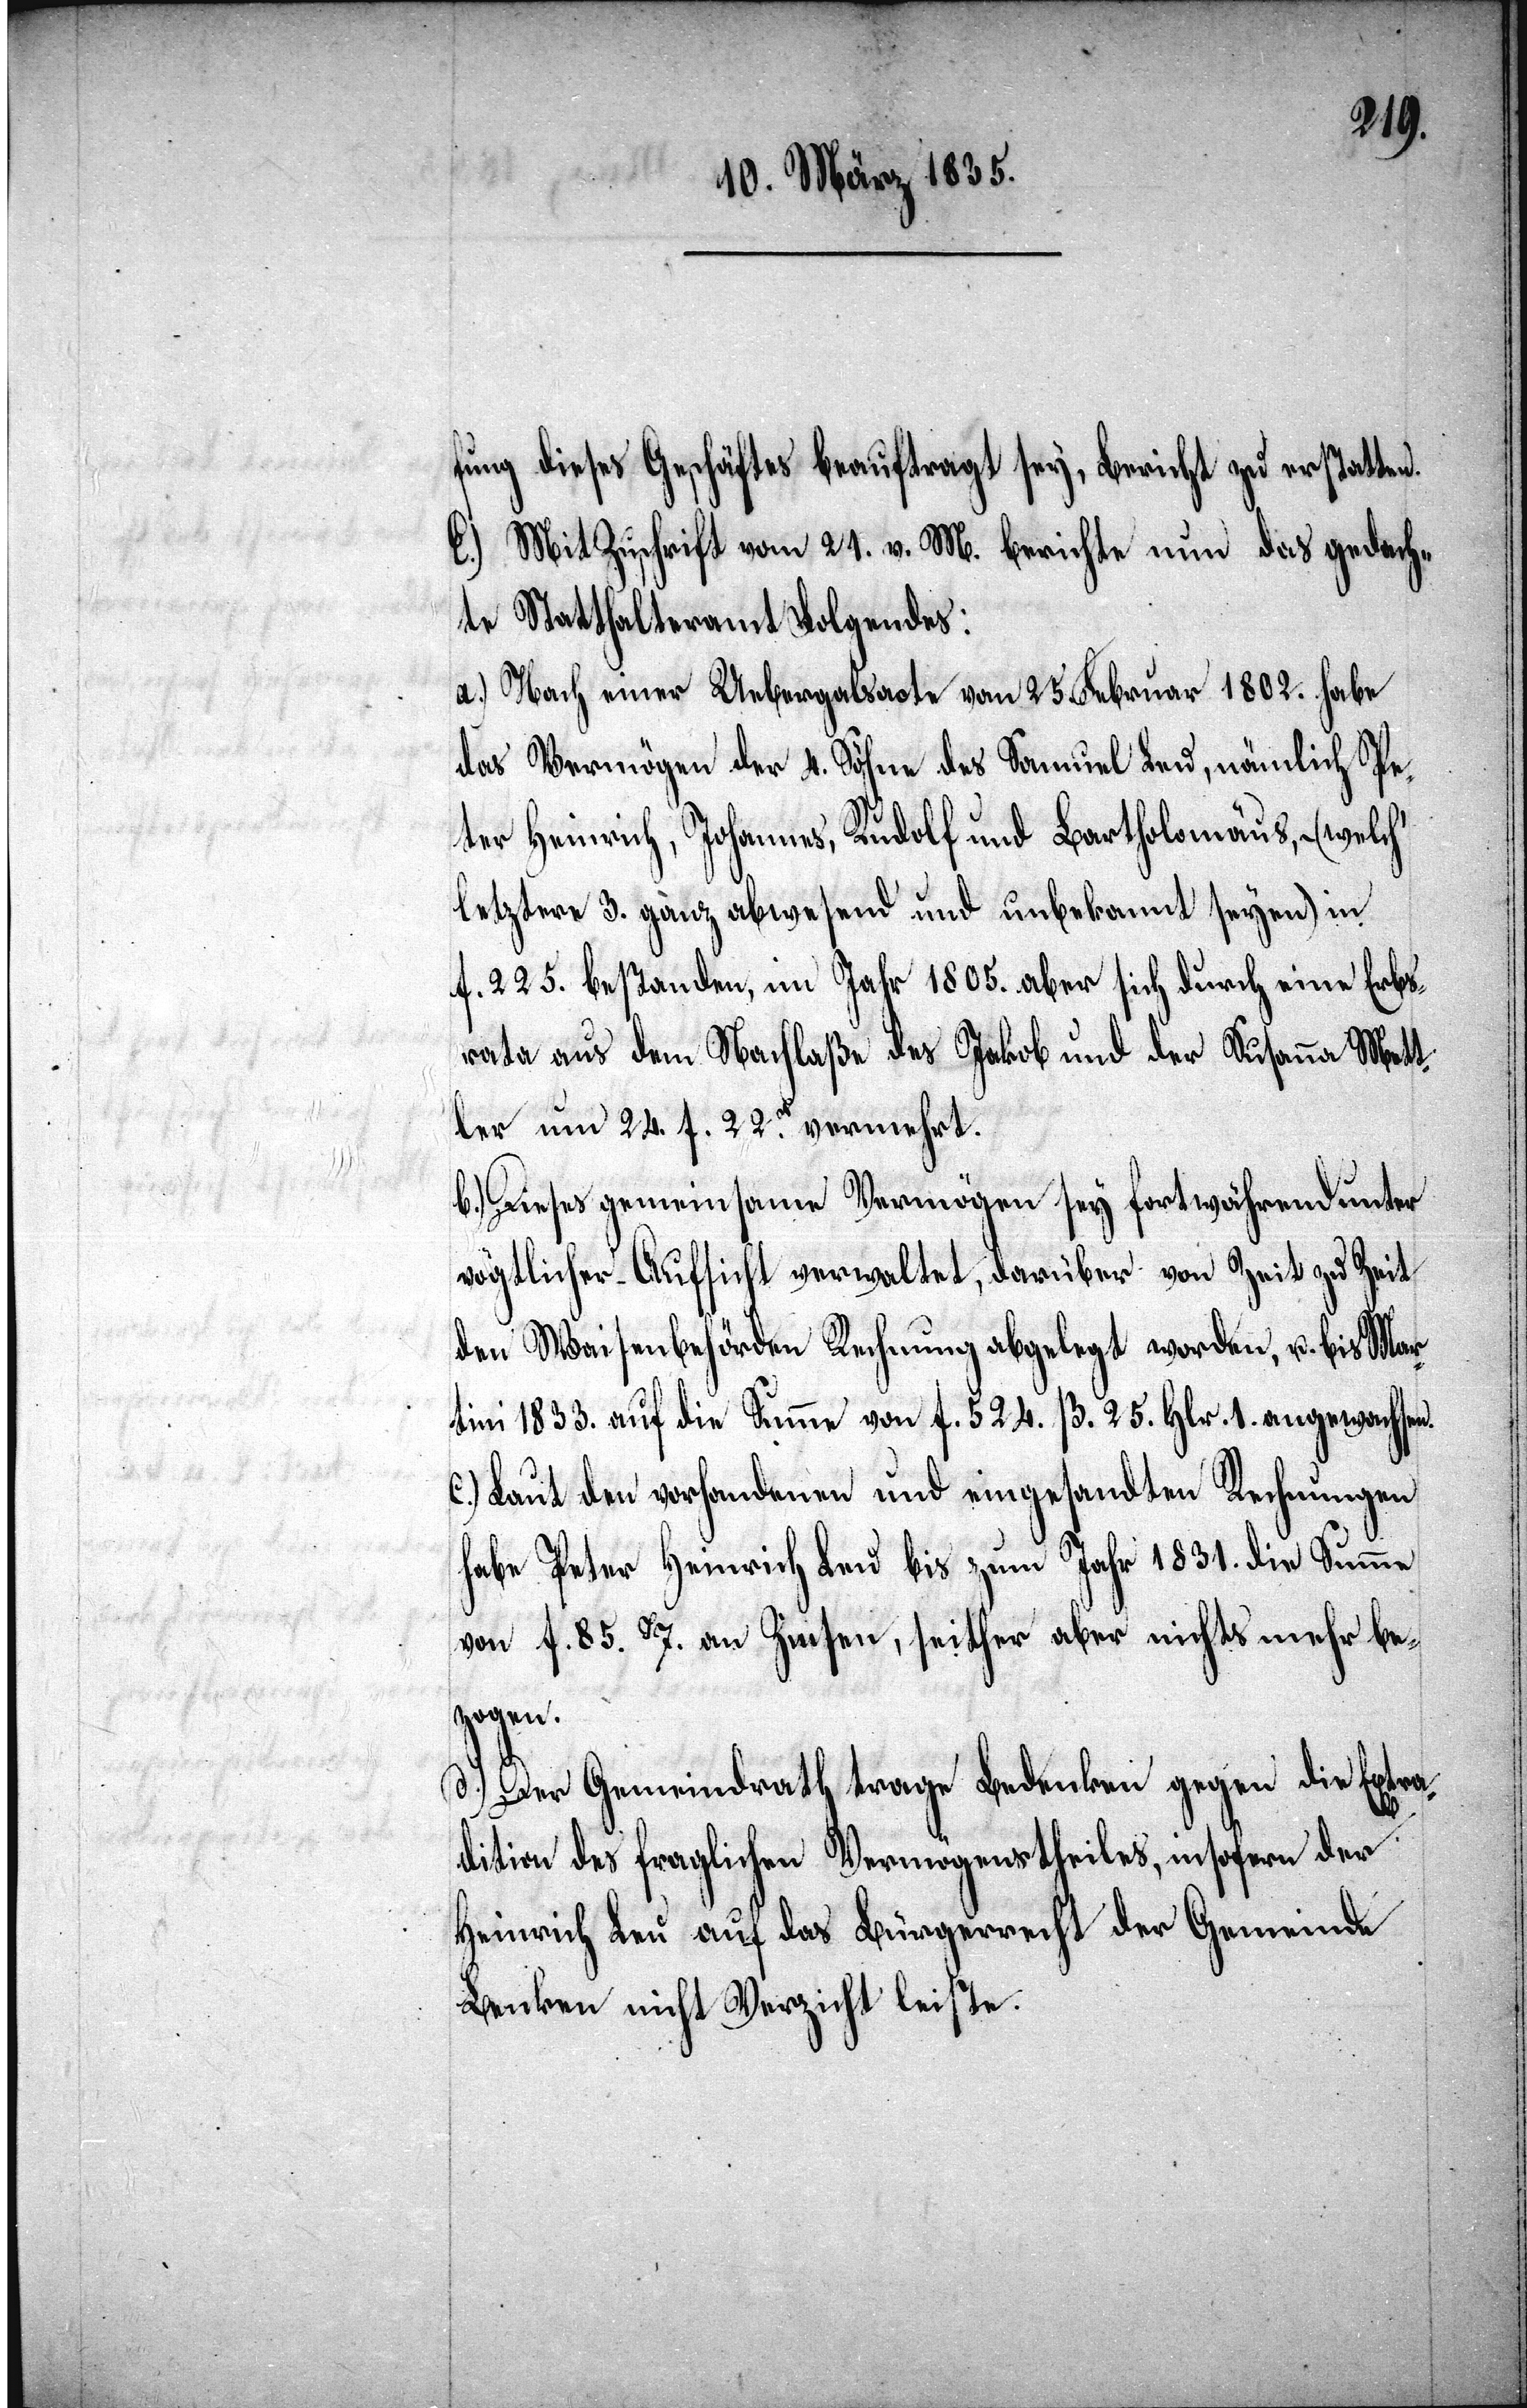
fung dieses Geschäftes beauftragt sey, Bericht zu erstatten.
E.) Mit Zuschrift vom 21. v. M. berichte nun das gedach¬
te Statthalteramt Folgendes:
a.) Nach einer Uebergalsacte [recte: Uebergabsacte] vom 25. Feb¬
das Vermögen der 4. Söhne des Samuel Leu, nämlich Pe¬
ter Heinrich, Johannes, Rudolf und Bartholomäus, – (welch’
letztere 3. ganz abwesend und unbekannt seyen) in
f. 225. bestanden, im Jahr 1805. aber sich durch eine Erbs¬
rata aus dem Nachlaße des Jakob und der Susanna Mett¬
ler um 24. f. 22h. vermehrt.
b.) Dieses gemeinsame Vermögen sey fortwährend unter
vögtlicher Aufsicht verwaltet, darüber von Zeit zu Zeit
den Waisenbehörden Rechnung abgelegt worden, u. bis Mar¬
tini 1833. auf die Summe von f. 524. B. 25. Hlr. 1 angewachsen.
c.) Laut den vorhandenen und eingesandten Rechnungen
habe Peter Heinrich Leu bis zum Jahr 1831. die Summe
von f. 85. 7. an Zinsen, seither aber nichts mehr be¬
zogen.
d.) Der Gemeindrath trage Bedenken gegen die Extra¬
dition des fraglichen Vermögenstheiles, insofern der
Heinrich Leu auf das Bürgerrecht der Gemeinde
Benken nicht Verzicht leiste.